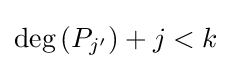
\deg \left(P_{j'}\right)+j<k